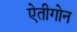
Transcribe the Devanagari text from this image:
ऐतीगोन